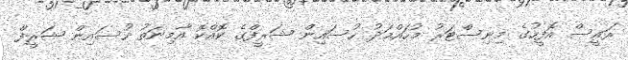
ރައީސް އޮފީހުގެ މިނިސްޓަރު މުހައްމަދު ހުސައިން ޝަރީފްގެ ކޮއްކޮ އާމިނަތު ހުސައިން ޝަރީފް